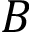
B